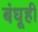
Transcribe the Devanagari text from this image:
बंधूही